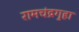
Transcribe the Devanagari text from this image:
रामचंद्रगुहा